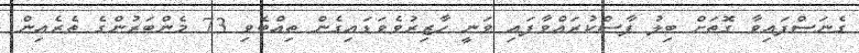
ގެނަސްފައިވާ ގޮތަށް ބިލު ފާސްކުރައްވާފައި ވަނީ ހާޒިރުވެވަޑައިގެން ތިއްބެވި 73 މެންބަރުންގެ ތެރެއިން